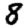
Digit: 8